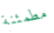
مطمئنة